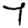
Digit: 7